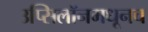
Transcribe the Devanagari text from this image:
उप्सिलॉनमधूनच